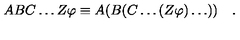
A B C \ldots Z \varphi \equiv A ( B ( C \ldots ( Z \varphi ) \ldots ) ) \quad .